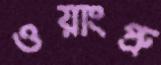
ওয়াংপ্রু